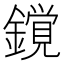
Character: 𨬥